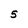
Character: 5